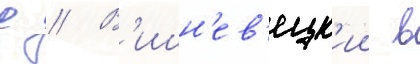
д // В'ишн'ев'ецк'ии в